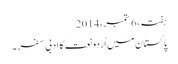
ہفتہ، 6 ستمبر، 2014
پاکستان میں اُردو نعت کا ادبی سفر ۔